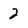
Character: 2